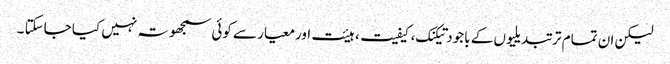
لیکن ان تمام تر تبدیلیوں کے باجود تیکنک، کیفیت، ہیئت اورمعیار سے کوئی سمجھوتہ نہیں کیا جاسکتا ۔